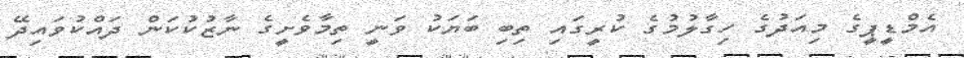
އެމްޑީޕީގެ މިއަދުގެ ހިގާލުމުގެ ކުރީގައި ތިބި ބަޔަކު ވަނީ ތިމާވެށީގެ ނާޒުކުކަން ދައްކުވައިދޭ